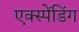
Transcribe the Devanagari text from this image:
एक्स्पेंडिंग